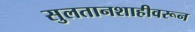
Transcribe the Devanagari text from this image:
सुलतानशाहीवरून